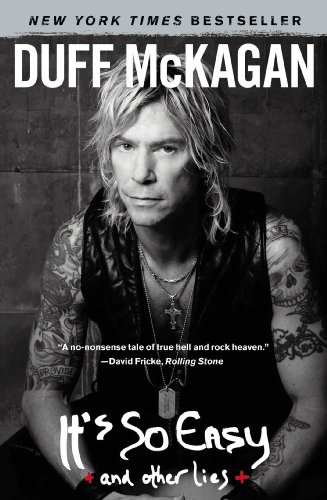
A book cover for It's So Easy: and other lies; Duff McKagan; Biographies & Memoirs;